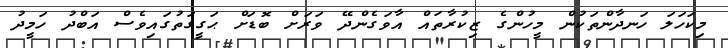
މިކަހަލަ ހަނދާންތަކުން މީހުންގެ ޒިކުރާތައް އާވަގެންދޭ ވަރަށް ބޮޑަށް ޙަގީގަތުގައިވެސް އަބްދު ހަމީދު